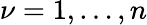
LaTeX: \nu=1,\dots,n